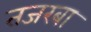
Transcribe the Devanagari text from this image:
तजरबा